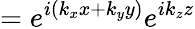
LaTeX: =e^{i(k_{x}x+k_{y}y)}e^{ik_{z}z}